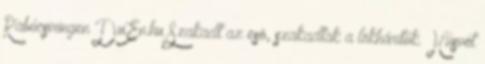
Rabócsiringen DuEn.hu Szakadt az esõ, szakadtak a lökhárítók. Húsvét